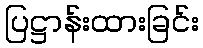
ပြဋ္ဌာန်းထားခြင်း